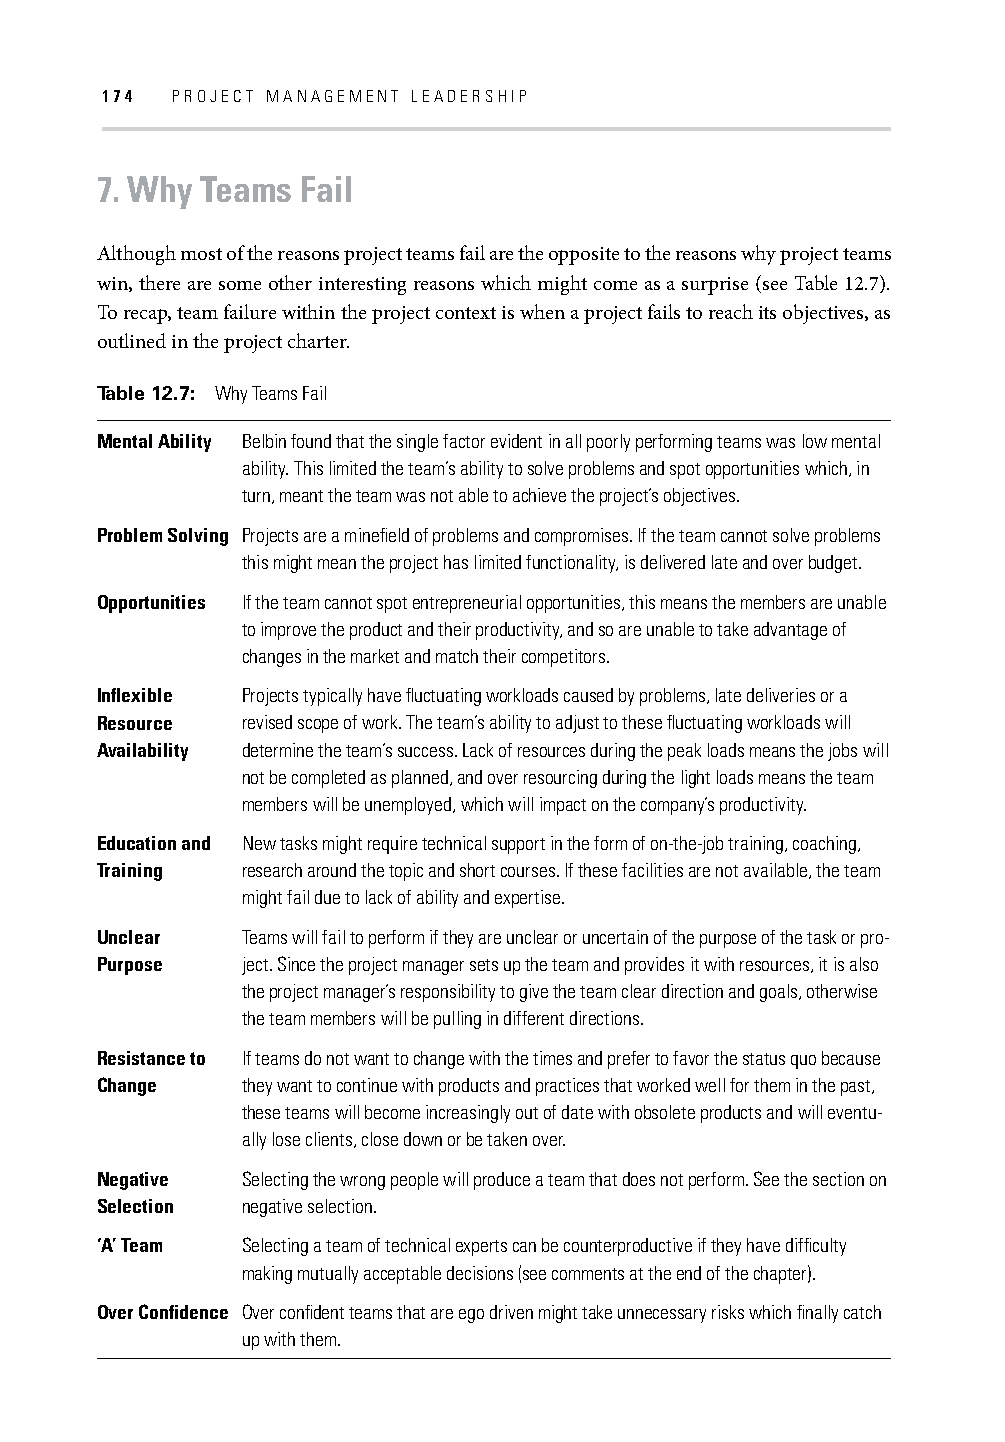
174 PROJECT MANAGEMENT LEADERSHIP
 7. Why Teams  Fail
 Although most of the reasons project teams fail are the opposite to the reasons why project teams
 win, there are some other interesting reasons which might come as a surprise (see Table 12.7).
 To recap, team failure within the project context is when a project fails to reach its objectives, as
 outlined in the project charter.
 Table 12.7: Why Teams Fail
 Mental Ability Belbin found that the single factor evident in all poorly performing teams was low mental
 ability. This limited the team’s ability to solve problems and spot opportunities which, in
 turn, meant the team was not able to achieve the project’s objectives.
 Problem Solving Projects are a minefi eld of problems and compromises. If the team cannot solve problems
 this might mean the project has limited functionality, is delivered late and over budget.
 Opportunities If the team cannot spot entrepreneurial opportunities, this means the members are unable
 to improve the product and their productivity, and so are unable to take advantage of
 changes in the market and match their competitors.
 Infl exible Projects typically have fl uctuating workloads caused by problems, late deliveries or a
 Resource  revised scope of work. The team’s ability to adjust to these fl uctuating workloads will
 Availability determine the team’s success. Lack of resources during the peak loads means the jobs will
 not be completed as planned, and over resourcing during the light loads means the team
 members will be unemployed, which will impact on the company’s productivity.
 Education and New tasks might require technical support in the form of on-the-job training, coaching,
 Training  research around the topic and short courses. If these facilities are not available, the team
 might fail due to lack of ability and expertise.
 Unclear   Teams will fail to perform if they are unclear or uncertain of the purpose of the task or pro-
 Purpose   ject. Since the project manager sets up the team and provides it with resources, it is also
 the project manager’s responsibility to give the team clear direction and goals, otherwise
 the team members will be pulling in different directions.
 Resistance to If teams do not want to change with the times and prefer to favor the status quo because
 Change    they want to continue with products and practices that worked well for them in the past,
 these teams will become increasingly out of date with obsolete products and will eventu-
 ally lose clients, close down or be taken over.
 Negative  Selecting the wrong people will produce a team that does not perform. See the section on
 Selection negative selection.
 ‘A’ Team  Selecting a team of technical experts can be counterproductive if they have diffi culty
 making mutually acceptable decisions (see comments at the end of the chapter).
 Over Confi dence Over confi dent teams that are ego driven might take unnecessary risks which fi nally catch
 up with them.